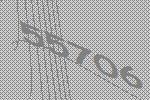
55706